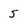
Character: 5